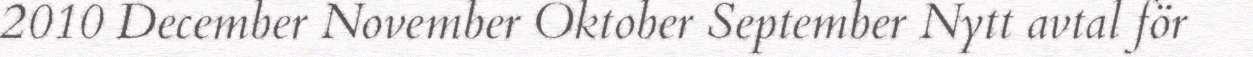
2010 December November Oktober September Nytt avtal för